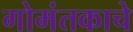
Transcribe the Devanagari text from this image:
गोमंतकाचे